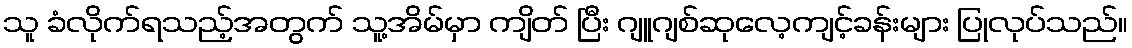
သူ ခံလိုက်ရသည့်အတွက် သူ့အိမ်မှာ ကျိတ် ပြီး ဂျူဂျစ်ဆုလေ့ကျင့်ခန်းများ ပြုလုပ်သည်။